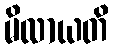
မိလာယတိ